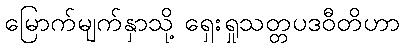
မြောက်မျက်နှာသို့ ရှေးရှုသတ္တပဒဝီတိဟာ